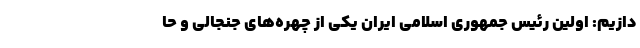
دازیم: اولین رئیس جمهوری اسلامی ایران یکی از چهره‌های جنجالی و حا